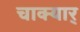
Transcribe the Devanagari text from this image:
चाक्यार्